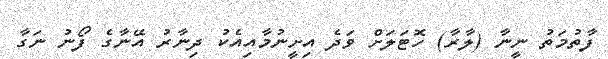
ފާތުމަތު ނީނާ (ލާރާ) ހޮޓަލަށް ވަދެ އިށީނުމާއިއެކު ދިނާރު އޭނާގެ ފޯނު ނަގާ